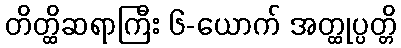
တိတ္ထိဆရာကြီး ၆-ယောက် အတ္ထုပ္ပတ္တိ